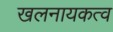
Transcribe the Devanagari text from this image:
खलनायकत्व